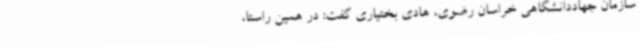
سازمان جهاددانشگاهی خراسان رضوی، هادی بختیاری گفت: در همین راستا،